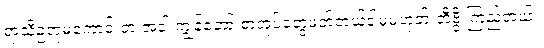
ရာသီဥတုမကောင်းတဲ့ အခါ ကျွန်တော် စာအုပ်တွေဖတ်တယ်ဒါမှမဟုတ် တီဗွီ ကြည့်တယ်။